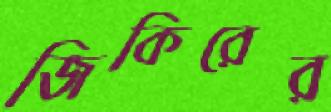
জিকিরের